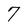
Character: 7